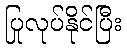
ပြုလုပ်နိုင်ပြီး